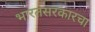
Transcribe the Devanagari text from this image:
भारतसरकारचा